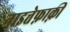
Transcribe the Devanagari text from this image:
नाइत्तेफ़ाक़ी